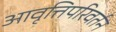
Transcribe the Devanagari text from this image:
आवृत्तिपरिवर्तन